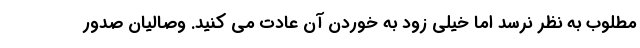
مطلوب به نظر نرسد اما خیلی زود به خوردن آن عادت می کنید. وصالیان صدور